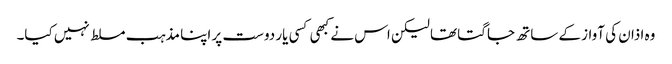
وہ اذان کی آواز کے ساتھ جاگتا تھا لیکن اس نے کبھی کسی یار دوست پر اپنا مذہب مسلط نہیں کیا۔